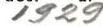
1929